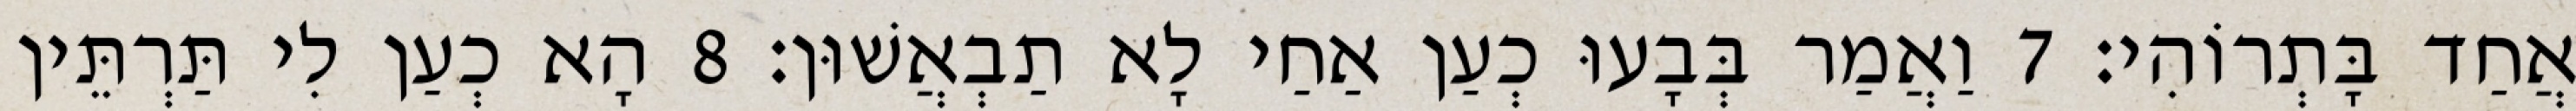
אֲחַד בָּתְרוֹהִי׃ 7 וַאֲמַר בְּבָעוּ כְעַן אַחַי לָא תַבְאֲשׁוּן׃ 8 הָא כְעַן לִי תַּרְתֵּין